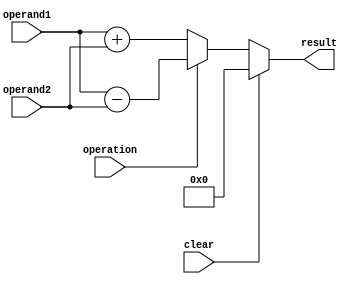
module accumulator(
    input wire operation, // 0 for addition, 1 for subtraction
    input wire clear, // 1 for clear, 0 for operate
    input wire [7:0] operand1, // 8-bit input for operand1
    input wire [7:0] operand2, // 8-bit input for operand2
    output reg [7:0] result // 8-bit output for result
);

always @(*) begin
    if (clear) begin
        result <= 8'b00000000; // clear accumulator
    end else begin
        if (operation == 0) begin // addition
            result <= operand1 + operand2;
        end else begin // subtraction
            result <= operand1 - operand2;
        end
    end
end

endmodule